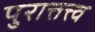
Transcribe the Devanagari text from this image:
पुरात्तत्त्व